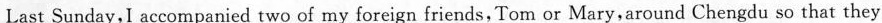
Last Sunday,I accompanied two of my foreign friends, Tom or Mary,around Chengdu so that they